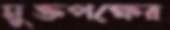
মুক্তপক্ষের